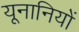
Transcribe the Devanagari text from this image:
यूनानियों